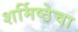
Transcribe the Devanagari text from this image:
शर्मिष्ठेचा